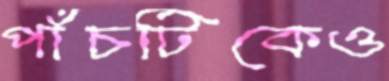
পাঁচটিকেও